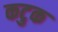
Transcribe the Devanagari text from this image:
कटुक